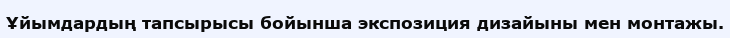
Ұйымдардың тапсырысы бойынша экспозиция дизайыны мен монтажы.